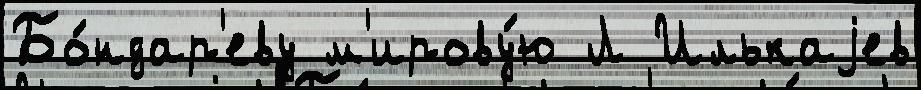
Бо́ндар'еву м'ирову́ю Л Илькаjев